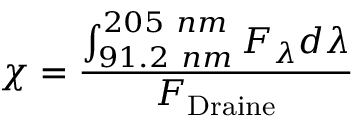
\chi = \frac { \int _ { 9 1 . 2 ~ n m } ^ { 2 0 5 ~ n m } F _ { \lambda } d \lambda } { F _ { \mathrm { { D r a i n e } } } }